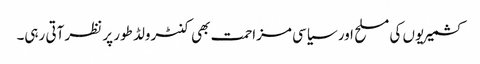
کشمیریوں کی مسلح اور سیاسی مزاحمت بھی کنٹرولڈ طور پر نظر آتی رہی۔